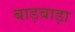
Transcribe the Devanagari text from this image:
बाड़बाड़ा